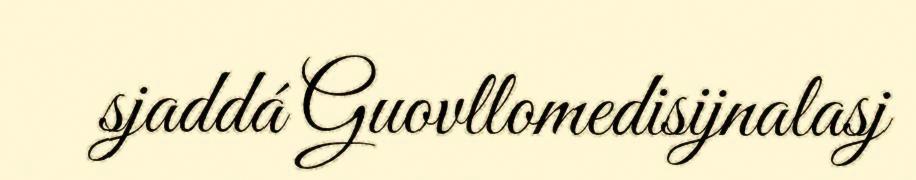
sjaddá Guovllomedisijnalasj